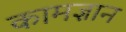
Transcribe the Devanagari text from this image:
कामज्ञान